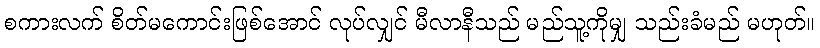
စကားလက် စိတ်မကောင်းဖြစ်အောင် လုပ်လျှင် မီလာနီသည် မည်သူ့ကိုမျှ သည်းခံမည် မဟုတ်။